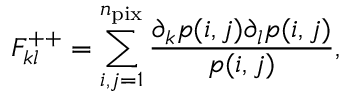
F _ { k l } ^ { + + } = \sum _ { i , j = 1 } ^ { n _ { \mathrm { p i x } } } \frac { \partial _ { k } p ( i , j ) \partial _ { l } p ( i , j ) } { p ( i , j ) } ,